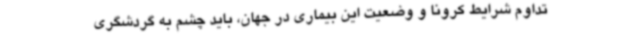
تداوم شرایط کرونا و وضعیت این بیماری در جهان، باید چشم به گردشگری